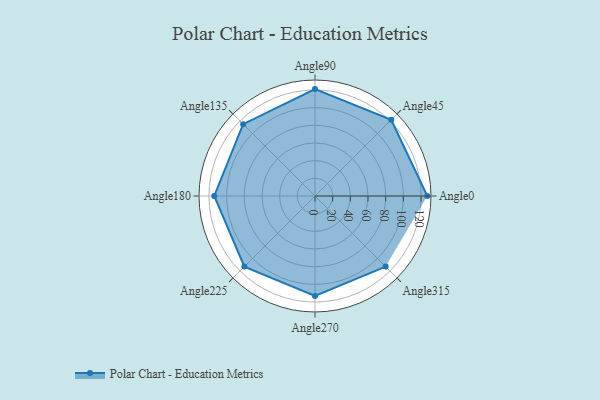
{"axis": {"x": "Angle", "y": "Radius"}, "legend": [""], "data": [{"x": "Angle0", "y": 127.0, "type": ""}, {"x": "Angle45", "y": 122.0, "type": ""}, {"x": "Angle90", "y": 121.0, "type": ""}, {"x": "Angle135", "y": 115.0, "type": ""}, {"x": "Angle180", "y": 114.0, "type": ""}, {"x": "Angle225", "y": 113.0, "type": ""}, {"x": "Angle270", "y": 113.0, "type": ""}, {"x": "Angle315", "y": 113.0, "type": ""}]}